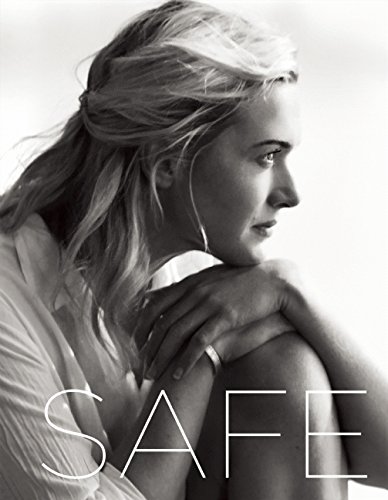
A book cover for SAFE; Emma Thompson; Arts & Photography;